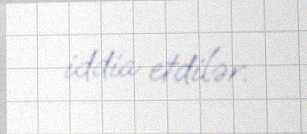
iddia etdilər.